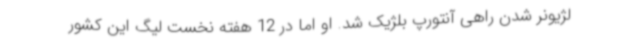
لژیونر شدن راهی آنتورپ بلژیک شد. او اما در 12 هفته نخست لیگ این کشور